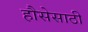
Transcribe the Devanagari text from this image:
हौसेसाठी